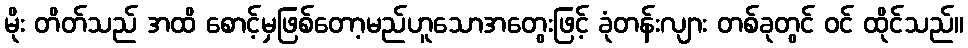
မိုး တိတ်သည် အထိ စောင့်မှဖြစ်တော့မည်ဟူသောအတွေးဖြင့် ခုံတန်းလျား တစ်ခုတွင် ဝင် ထိုင်သည်။